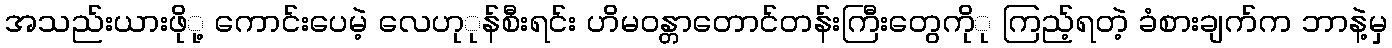
အသည်းယားဖိုု့ ကောင်းပေမဲ့ လေဟုုန်စီးရင်း ဟိမဝန္တာတောင်တန်းကြီးတွေကိုု ကြည့်ရတဲ့ ခံစားချက်က ဘာနဲ့မှ